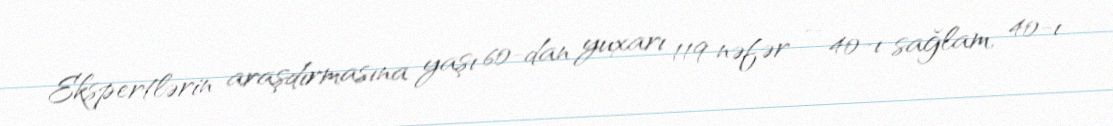
Ekspertlərin araşdırmasına yaşı 60-dan yuxarı 119 nəfər – 40-ı sağlam, 40-ı